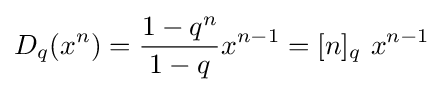
D_{q}(x^{n})={\frac {1-q^{n}}{1-q}}x^{n-1}=[n]_{q}\ x^{n-1}